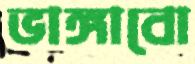
ভাঙ্গাবো